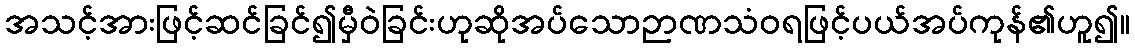
အသင့်အားဖြင့်ဆင်ခြင်၍မှီဝဲခြင်းဟုဆိုအပ်သောဉာဏသံဝရဖြင့်ပယ်အပ်ကုန်၏ဟူ၍။